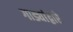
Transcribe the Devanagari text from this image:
गाड्यांद्वारे